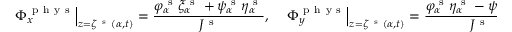
\left. \Phi _ { x } ^ { \mathrm { ~ p ~ h ~ y ~ s ~ } } \right\vert _ { z = \zeta ^ { \mathrm { ~ s ~ } } ( \alpha , t ) } = \frac { \varphi _ { \alpha } ^ { \mathrm { ~ s ~ } } \xi _ { \alpha } ^ { \mathrm { ~ s ~ } } + \psi _ { \alpha } ^ { \mathrm { ~ s ~ } } \eta _ { \alpha } ^ { \mathrm { ~ s ~ } } } { J ^ { \mathrm { ~ s ~ } } } , \quad \left. \Phi _ { y } ^ { \mathrm { ~ p ~ h ~ y ~ s ~ } } \right\vert _ { z = \zeta ^ { \mathrm { ~ s ~ } } ( \alpha , t ) } = \frac { \varphi _ { \alpha } ^ { \mathrm { ~ s ~ } } \eta _ { \alpha } ^ { \mathrm { ~ s ~ } } - \psi _ { \alpha } ^ { \mathrm { ~ s ~ } } \xi _ { \alpha } ^ { \mathrm { ~ s ~ } } } { J ^ { \mathrm { ~ s ~ } } } , \quad J ^ { \mathrm { ~ s ~ } } = ( \xi _ { \alpha } ^ { \mathrm { ~ s ~ } } ) ^ { 2 } + ( \eta _ { \alpha } ^ { \mathrm { ~ s ~ } } ) ^ { 2 } .